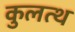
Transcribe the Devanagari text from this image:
कुलत्थ